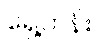
ရှေ့တန်း